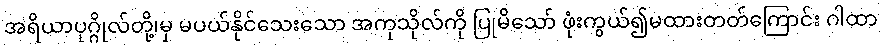
အရိယာပုဂ္ဂိုလ်တို့၊မှ မပယ်နိုင်သေးသော အကုသိုလ်ကို ပြုမိသော် ဖုံးကွယ်၍မထားတတ်ကြောင်း ဂါထာ